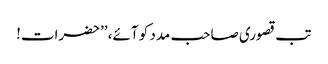
تب قصوری صاحب مدد کو آئے، ’’حضرات!